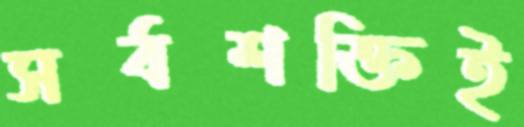
সর্বশক্তিই